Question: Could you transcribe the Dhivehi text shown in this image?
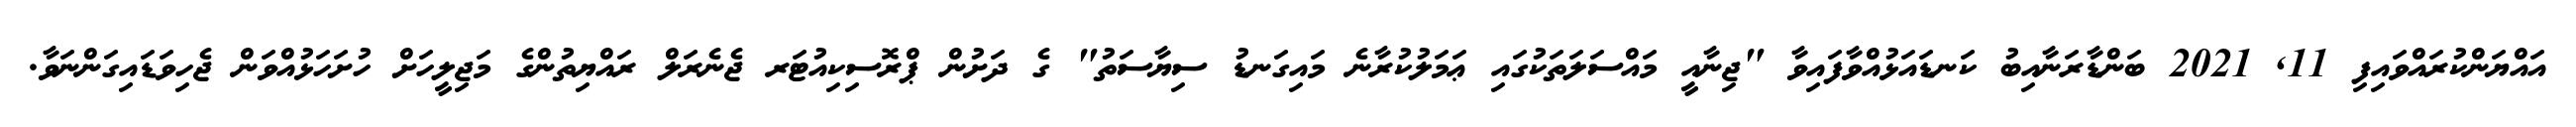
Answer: އައްޔަންކުރައްވައިފި 11, 2021 ބަންޑާރަނާއިބު ކަނޑައަޅުއްވާފައިވާ "ޖިނާއީ މައްސަލަތަކުގައި ޢަމަލުކުރާނެ މައިގަނޑު ސިޔާސަތު" ގެ ދަށުން ޕްރޮސިކިއުޓަރ ޖެނެރަލް ރައްޔިތުންގެ މަޖިލީހަށް ހުށަހަޅުއްވަން ޖެހިވަޑައިގަންނަވާ.